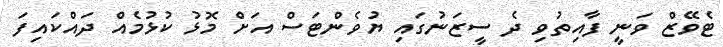
ޓެވޭޒް ވަނީ ފާއިތުވި ދެ ސީޒަނުގައި ޔުވެންޓަސް އަށް މޮޅު ކުޅުމެއް ދައްކައިފަ